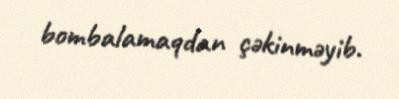
bombalamaqdan çəkinməyib.